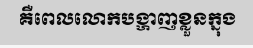
គឺពេលលោកបង្ហាញខ្លួនក្នុង